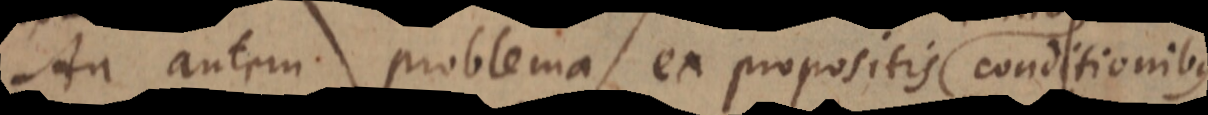
An autem problema ex propositis conditionibus